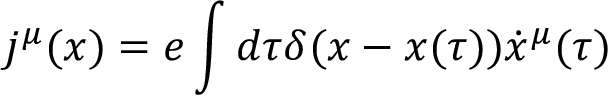
j ^ { \mu } ( x ) = e \int { d \tau \delta ( x - x ( \tau ) ) \dot { x } ^ { \mu } ( \tau ) }